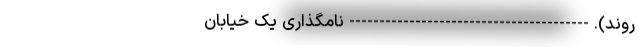
‌روند). ---------------------------------------- نامگذاری یک خیابان